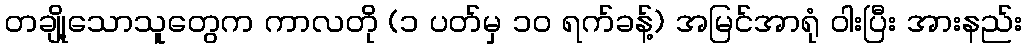
တချို့သောသူတွေက ကာလတို (၁ ပတ်မှ ၁၀ ရက်ခန့်) အမြင်အာရုံ ဝါးပြီး အားနည်း